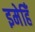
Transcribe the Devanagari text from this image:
इमेहिँ